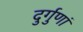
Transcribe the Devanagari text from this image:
दुर्गुणां